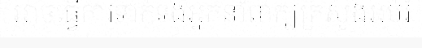
អាចធ្វើការទាក់ទងអ្នកនាំពាក្យក្រសួងអប់រំ